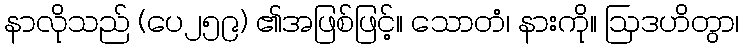
နာလိုသည် (ပေ၂၅၉) ၏အဖြစ်ဖြင့်။ သောတံ၊ နားကို။ ဩဒဟိတွာ၊